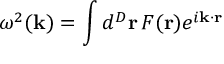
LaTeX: \omega ^ { 2 } ( { \bf k } ) = \int d ^ { D } { \bf r } \, F ( { \bf r } ) e ^ { i { \bf k } \cdot { \bf r } }